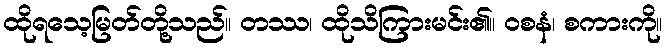
ထိုရသေ့မြတ်တို့သည်။ တဿ၊ ထိုသိကြားမင်း၏။ ဝစနံ၊ စကားကို။